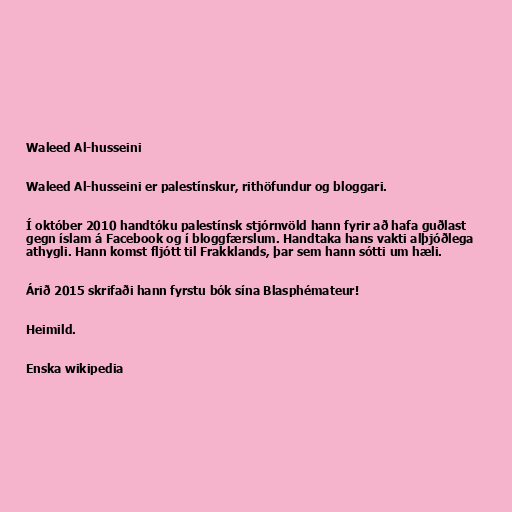
Waleed Al-husseini

Waleed Al-husseini er palestínskur, rithöfundur og bloggari.

Í október 2010 handtóku palestínsk stjórnvöld hann fyrir að hafa guðlast
gegn íslam á Facebook og í bloggfærslum. Handtaka hans vakti alþjóðlega
athygli. Hann komst fljótt til Frakklands, þar sem hann sótti um hæli.

Árið 2015 skrifaði hann fyrstu bók sína Blasphémateur!

Heimild.

Enska wikipedia